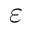
\varepsilon